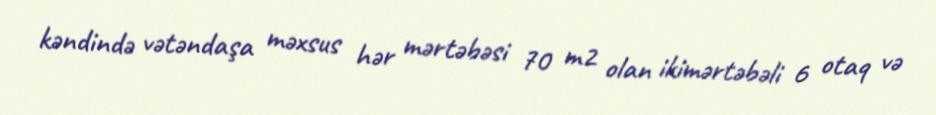
kəndində vətəndaşa məxsus hər mərtəbəsi 70 m2 olan ikimərtəbəli 6 otaq və